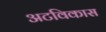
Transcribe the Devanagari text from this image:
अटविकास